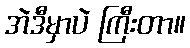
အဲဒီမှာပဲ ကြီးတာ။